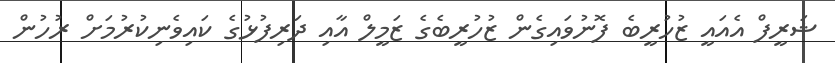
ޝަރީފް އެއައީ ޒުހުރީބެ ފޮނުވައިގެން ޒުހުރީބެގެ ޒަމީލް އާއި ދަރިފުޅުގެ ކައިވެނިކުރުމަށް ރުހުން